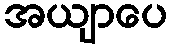
အယျာပေ